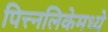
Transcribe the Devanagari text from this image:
पित्त्नलिकेमध्ये